Indian journal of veterinary science and animal husbandry - Volume 1,
Year: 1931
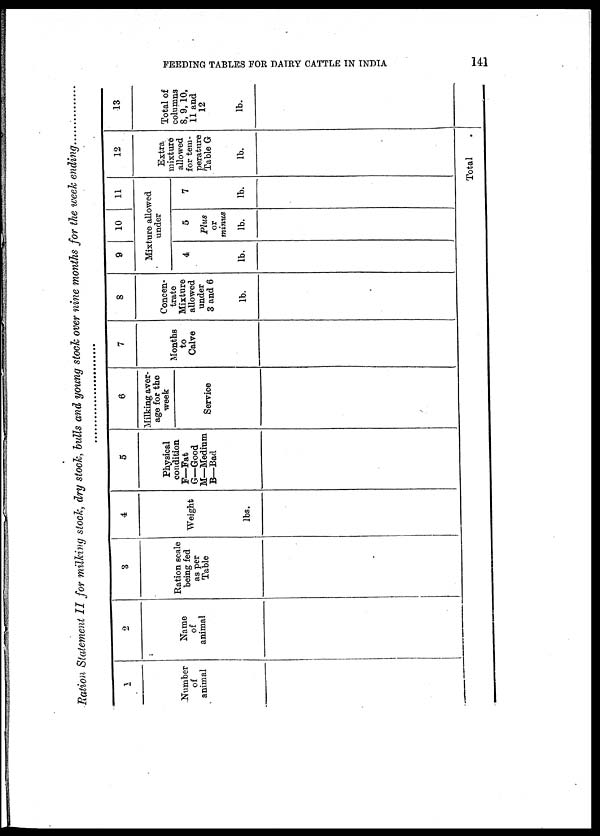
FEEDING TABLES FOR DAIRY CATTLE IN INDIA
141
Ration Statement II for milking stock, dry stock, bulls and young stock over nine months for the week ending
1
Number
of
animal
2
Name
of
animal
3
Ration scale
being fed
as per
Table
4
Weight
lbs.
5
Physical
condition
F— Fat
G—Good
M—Medium
B—Bad
6
Milking aver-
age for the
week
Service
7
Months
to
Calve
8
Concen-
trate
Mixture
allowed
under
3 and 6
lb.
9
10
11
Mixture allowed
under
4
lb.
5
Plus
or
minus
lb.
7
lb.
12
Extra
mixture
allowed
for tem¬
perature
Table G
lb.
Total
13
Total of
columns
8, 9, 10,
11 and
12
lb.